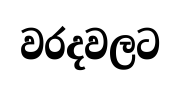
වරදවලට